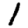
Digit: 1